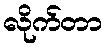
လိုက်တာ